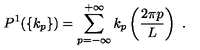
P ^ { 1 } ( \{ k _ { p } \} ) = \sum _ { p = - \infty } ^ { + \infty } k _ { p } \left( \frac { 2 \pi p } { L } \right) \ .